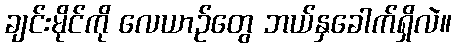
ချင်းမိုင်ကို လေယာဉ်တွေ ဘယ်နှခေါက်ရှိလဲ။